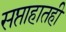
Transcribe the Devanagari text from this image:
सप्ताहातही